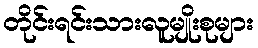
တိုင်းရင်းသားလူမျိုးစုများ